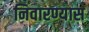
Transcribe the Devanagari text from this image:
निवारण्यास